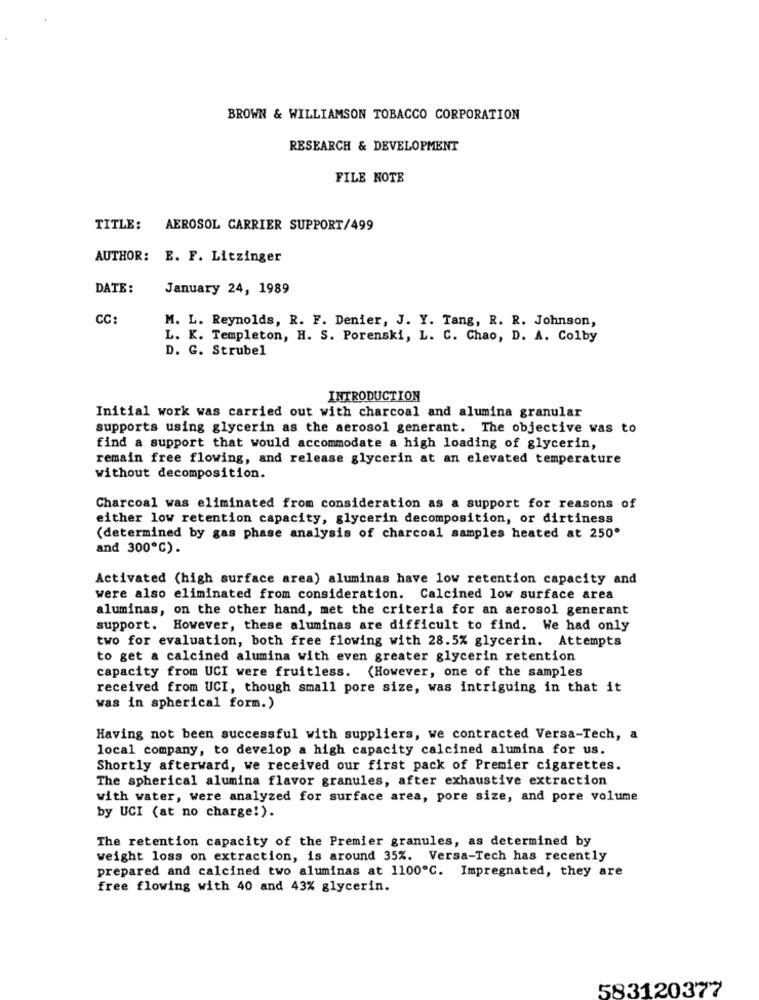
BROWN & WILLIAMSON TOBACCO CORPORATION
RESEARCH & DEVELOPMENT
FILE NOTE
TITLE: AEROSOL CARRIER SUPPORT/499
AUTHOR: E. F. Litzinger
DATE:
January 24, 1989
CC
M. L. Reynolds, R. F. Denier, J. Y. Tang, R. R. Johnson,
L. K. Templeton, H. S. Porenski, L. C. Chao, D. A. Colby
D. G. Strubel
INTRODUCTION
Initial work was carried out with charcoal and alumina granular
supports using glycerin as the aerosol generant. The objective was to
find a support that would accommodate a high loading of glycerin,
remain free flowing, and release glycerin at an elevated temperature
without decomposition.
Charcoal was eliminated from consideration as a support for reasons of
either low retention capacity, glycerin decomposition, or dirtiness
(determined by gas phase analysis of charcoal samples heated at 250º
and 300℃).
Activated (high surface area) aluminas have low retention capacity and
were also eliminated from consideration. Calcined low surface area
aluminas, on the other hand, met the criteria for an aerosol generant
support. However, these aluminas are difficult to find. We had only
two for evaluation, both free flowing with 28.5% glycerin. Attempts
to get a calcined alumina with even greater glycerin retention
capacity from UCI were fruitless. (However, one of the samples
received from UCI, though small pore size, was intriguing in that it
was in spherical form.)
Having not been successful with suppliers, we contracted Versa-Tech, a
local company, to develop a high capacity calcined alumina for us.
Shortly afterward, we received our first pack of Premier cigarettes.
The spherical alumina flavor granules, after exhaustive extraction
with water, were analyzed for surface area, pore size, and pore volume
by UCI (at no charge!).
The retention capacity of the Premier granules, as determined by
weight loss on extraction, is around 35%. Versa-Tech has recently
prepared and calcined two aluminas at 1100℃. Impregnated, they are
free flowing with 40 and 43% glycerin.
583120377